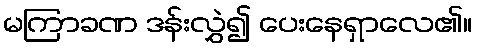
မကြာခဏ ဒန်းလွှဲ၍ ပေးနေရှာလေ၏။